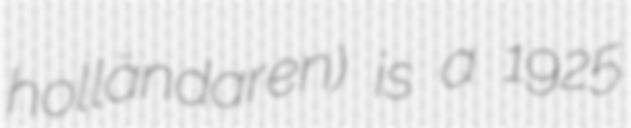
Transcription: holländaren) is a 1925